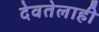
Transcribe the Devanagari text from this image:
देवतेलाही